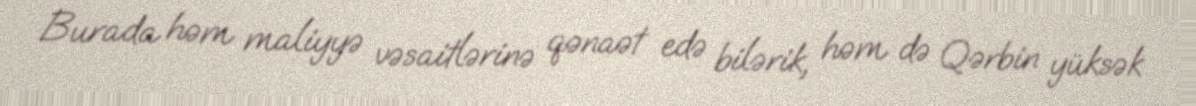
Burada həm maliyyə vəsaitlərinə qənaət edə bilərik, həm də Qərbin yüksək